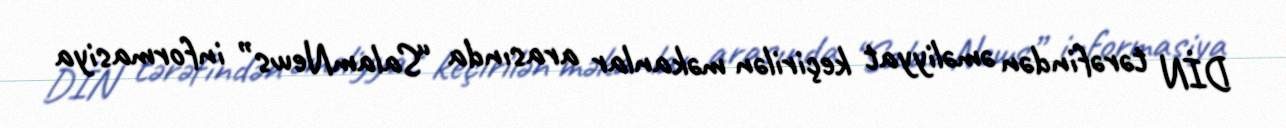
DİN tərəfindən əməliyyat keçirilən məkanlar arasında “SalamNews” informasiya